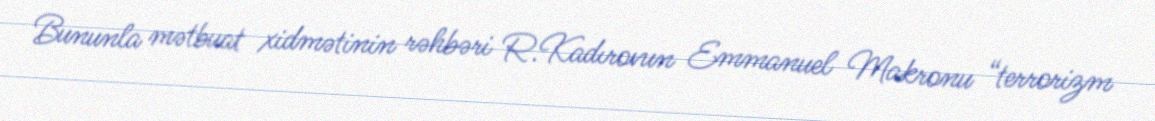
Bununla mətbuat xidmətinin rəhbəri R.Kadırovun Emmanuel Makronu “terrorizm